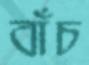
বাঁচ